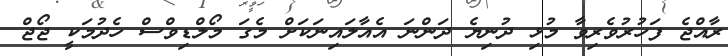
ރާއްޖެ ފަހުރުވެރިވާ މުޅި ދުނިޔެ ދަންނަ އެއާލައިނަކަށް މެގަ މޯލްޑިވްސް ހެދުމަކީ ޖޯޖް